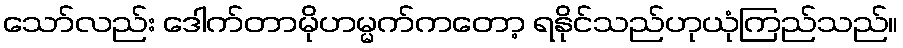
သော်လည်း ဒေါက်တာမိုဟမ္မက်ကတော့ ရနိုင်သည်ဟုယုံကြည်သည်။